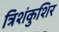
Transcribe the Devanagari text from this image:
त्रिशंकुशिर